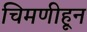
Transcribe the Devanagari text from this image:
चिमणीहून